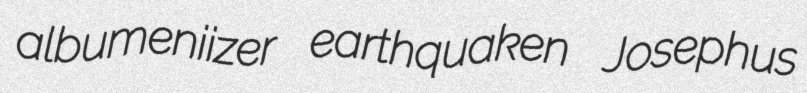
albumeniizer earthquaken Josephus